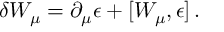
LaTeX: \delta W _ { \mu } = \partial _ { \mu } \epsilon + [ W _ { \mu } , \epsilon ] \, .